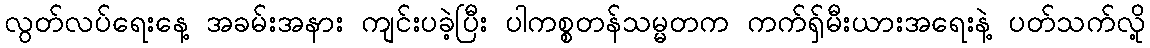
လွတ်လပ်ရေးနေ့ အခမ်းအနား ကျင်းပခဲ့ပြီး ပါကစ္စတန်သမ္မတက ကက်ရှ်မီးယားအရေးနဲ့ ပတ်သက်လို့